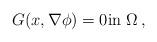
LaTeX: \begin{align*}G(x,\nabla \phi)=0 \mbox{in }\Omega\,,\end{align*}